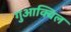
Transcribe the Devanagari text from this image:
गुआक्विल